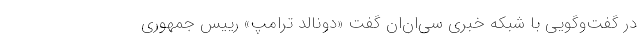
در گفت‌وگویی با شبکه خبری سی‌ان‌ان گفت «دونالد ترامپ» رییس جمهوری